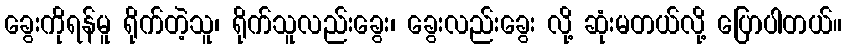
ခွေးကိုရန်မူ ရိုက်တဲ့သူ၊ ရိုက်သူလည်းခွေး၊ ခွေးလည်းခွေး လို့ ဆုံးမတယ်လို့ ပြောပါတယ်။